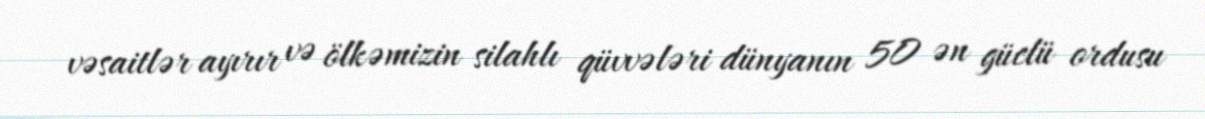
vəsaitlər ayırır və ölkəmizin silahlı qüvvələri dünyanın 50 ən güclü ordusu